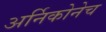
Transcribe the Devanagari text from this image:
अर्निकोनेच